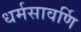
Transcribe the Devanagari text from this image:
धर्मसावर्णि